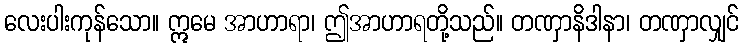
လေးပါးကုန်သော။ ဣမေ အာဟာရာ၊ ဤအာဟာရတို့သည်။ တဏှာနိဒါနာ၊ တဏှာလျှင်